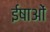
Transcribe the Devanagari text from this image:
ईषाओं